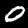
Digit: 0